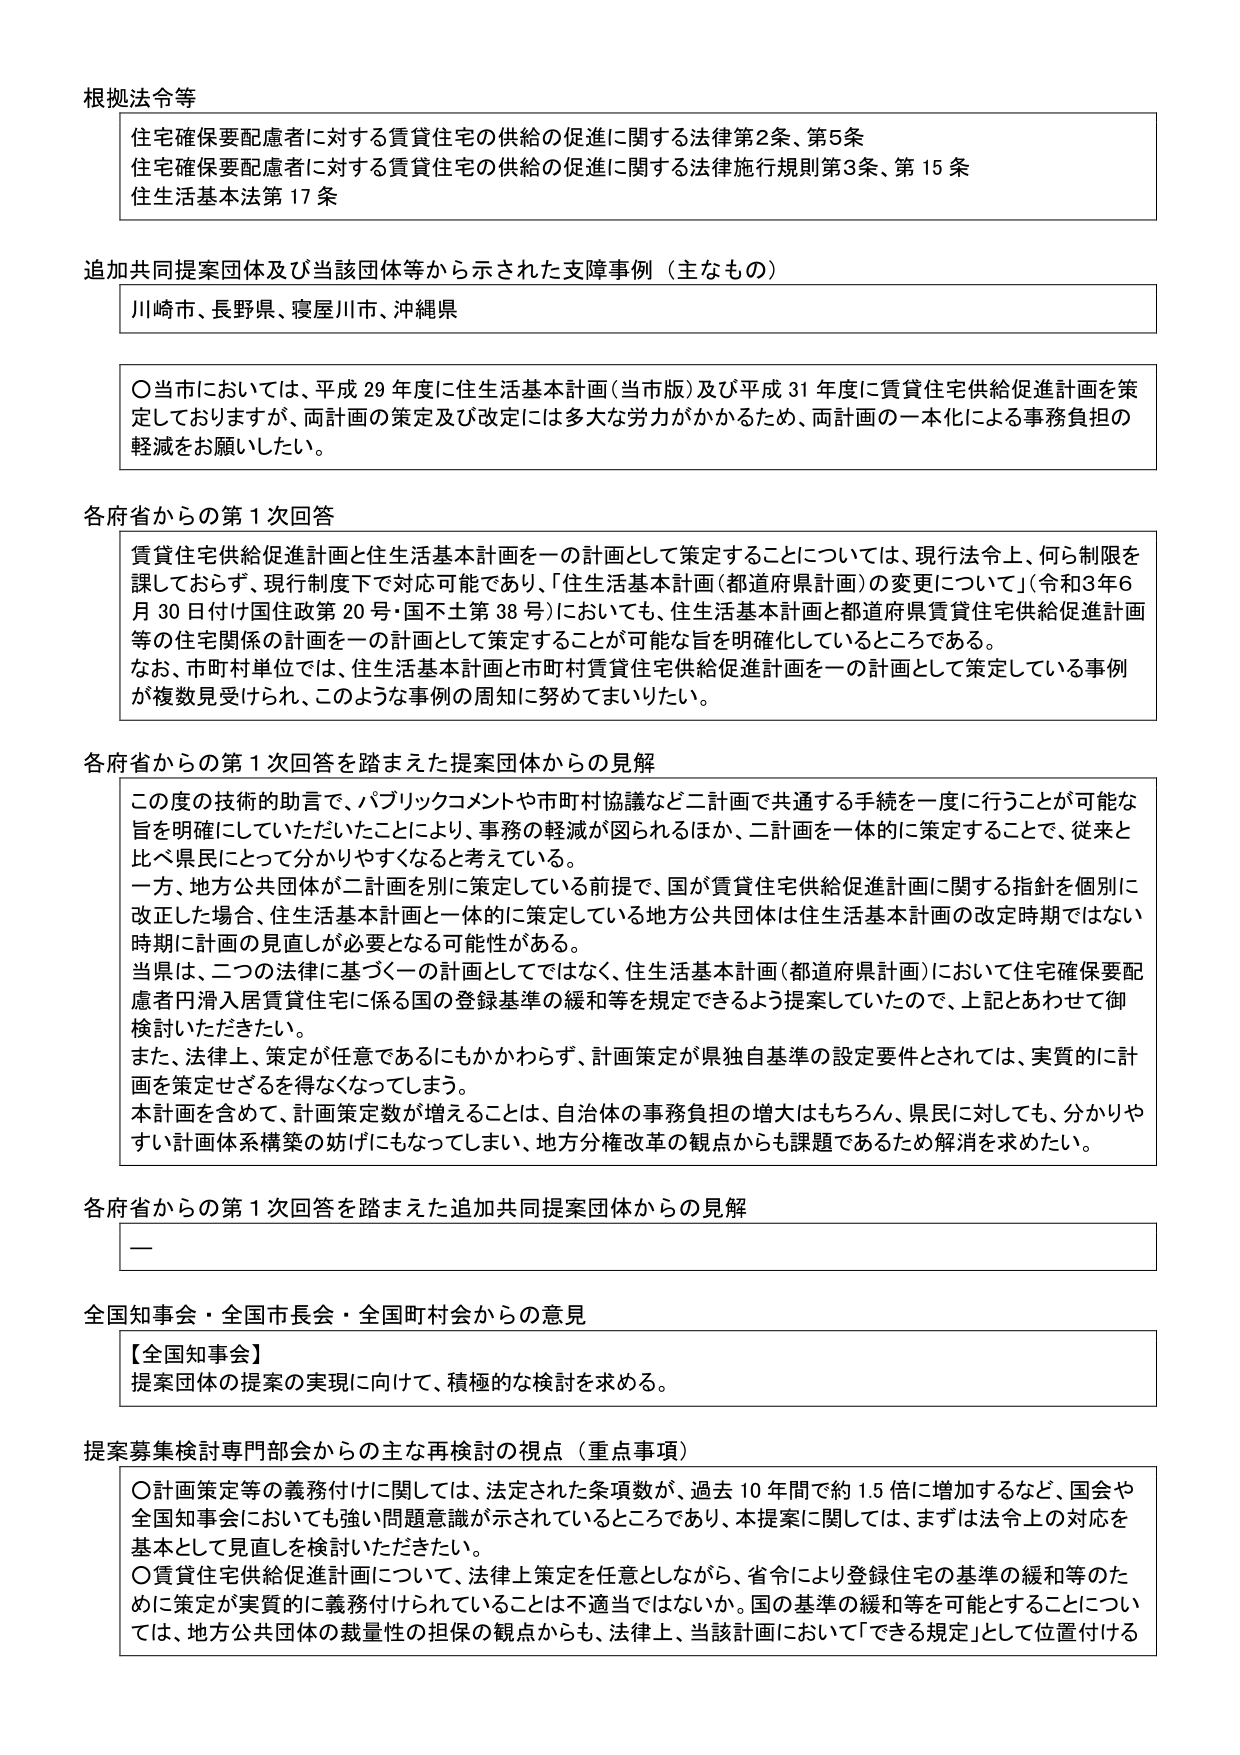
根拠法令等
住宅確保要配慮者に対する賃貸住宅の供給の促進に関する法律第2条、第5条
住宅確保要配慮者に対する賃貸住宅の供給の促進に関する法律施行規則第3条、第15条
住生活基本法第17条

追加共同提案団体及び当該団体等から示された支援事例（主なもの）
川崎市、長野県、寝屋川市、沖縄県

〇当市においては、平成29年度に住生活基本計画（当市版）及び平成31年度に賃貸住宅供給促進計画を策定しておりますが、両計画の策定及び改定には多大な労力がかかるため、両計画の一本化による事務負担の軽減をお願いしたい。

各府省からの第1次回答
賃貸住宅供給促進計画と住生活基本計画を一の計画として策定することについては、現行法令上、何ら制限を課しておらず、現行制度下で対応可能であり、「住生活基本計画（都道府県計画）の変更について」（令和3年6月30日付け国住政第20号・国不土第38号）においても、住生活基本計画と都道府県賃貸住宅供給促進計画等の住宅関係の計画を一の計画として策定することが可能な旨を明確化しているところである。
なお、市町村単位では、住生活基本計画と市町村賃貸住宅供給促進計画を一の計画として策定している事例が複数見受けられ、このような事例の周知に努めてまいりたい。

各府省からの第1次回答を踏まえた提案団体からの見解
この度の技術的助言で、パブリックコメントや市町村協議など二計画で共通する手続を一度に行うことが可能な旨を明確にしていただけたことにより、事務の軽減が図られるほか、二計画を一体的に策定することで、従来と比べ県民にとって分かりやすくなると考えている。
一方、地方公共団体が二計画を別に策定している前提で、国が賃貸住宅供給促進計画に関する指針を個別に改正した場合、住生活基本計画と一体的に策定している地方公共団体は住生活基本計画の改定時期ではない時期に計画の見直しが必要となる可能性がある。
当県は、二つの法律に基づく一の計画としてではなく、住生活基本計画（都道府県計画）において住宅確保要配慮者円滑入居賃貸住宅に係る国の登録基準の緩和等を規定できるよう提案していたので、上記とあわせて御検討いただきたい。
また、法律上、策定が任意であるにもかかわらず、計画策定が県独自基準の設定要件とされては、実質的に計画を策定せざるを得なくなってしまう。
本計画を含めて、計画策定数が増えることは、自治体の事務負担の増大はもちろん、県民に対しても、分かりやすい計画体系構築の妨げにもなってしまい、地方分権改革の観点からも課題であるため解消を求めたい。

各府省からの第1次回答を踏まえた追加共同提案団体からの見解
ー

全国知事会・全国市長会・全国町村会からの意見
【全国知事会】
提案団体の提案の実現に向けて、積極的な検討を求める。

提案募集検討専門部会からの主な再検討の視点（重点事項）
〇計画策定等の義務付けに関しては、法定された条項数が、過去10年間で約1.5倍に増加するなど、国会や全国知事会においても強い問題意識が示されているところであり、本提案に関しては、まずは法令上の対応を基本として見直しを検討いただきたい。
〇賃貸住宅供給促進計画について、法律上策定を任意としながら、省令により登録住宅の基準の緩和等のために策定が実質的に義務付けられていることは不適当ではないか。国の基準の緩和等を可能とすることについては、地方公共団体の裁量性の担保の観点からも、法律上、当該計画において「できる規定」として位置付ける